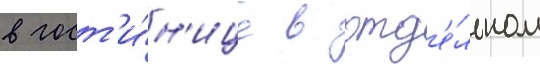
в гост'и́н'ице в отд'е́льном